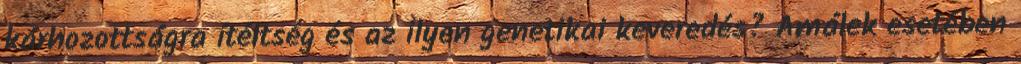
kárhozottságra ítéltség és az ilyen genetikai keveredés? Amálek esetében